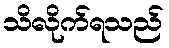
သိလိုက်ရသည်